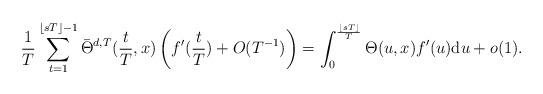
LaTeX: \begin{align*} \frac{1}{T}\sum_{t=1}^{\lfloor sT \rfloor-1} \Bar{\Theta}^{d,T}(\frac{t}{T},x)\left( f'(\frac{t}{T})+O(T^{-1}) \right)=\int_0^{\frac{\lfloor sT \rfloor}{T}} \Theta( u ,x) f'(u) \mathrm{d}u +o(1).\end{align*}